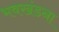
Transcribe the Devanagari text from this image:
भवखंडना